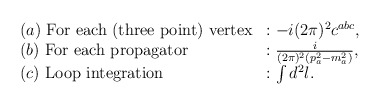
\begin{align*}\begin{array}{ll}(a)~ \mbox{For each (three point) vertex} &: -i(2\pi)^2 c^{abc}, \\(b)~ \mbox{For each propagator} &: \frac{i}{(2\pi)^2(p_a^2-m_a^2)}, \\(c)~ \mbox{Loop integration} &: \int d^2 l .\end{array}\end{align*}